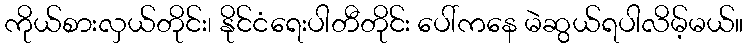
ကိုယ်စားလှယ်တိုင်း၊ နိုင်ငံရေးပါတီတိုင်း ပေါ်ကနေ မဲဆွယ်ရပါလိမ့်မယ်။